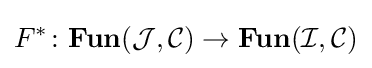
F^{*}\colon \mathbf {Fun} ({\mathcal {J}},{\mathcal {C}})\rightarrow \mathbf {Fun} ({\mathcal {I}},{\mathcal {C}})